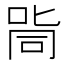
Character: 㖰